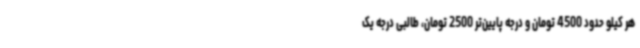
هر کیلو حدود 4500 تومان و درجه پایین‌تر 2500 تومان، طالبی درجه یک